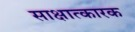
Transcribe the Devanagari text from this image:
साक्षात्कारक